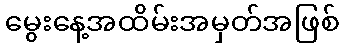
မွေးနေ့အထိမ်းအမှတ်အဖြစ်